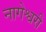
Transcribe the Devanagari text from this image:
नागेश्वरी